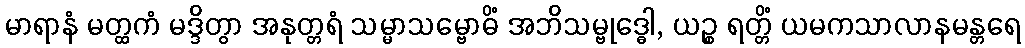
မာရာနံ မတ္ထကံ မဒ္ဒိတွာ အနုတ္တရံ သမ္မာသမ္ဗောဓိံ အဘိသမ္ဗုဒ္ဓေါ, ယဉ္စ ရတ္တိံ ယမကသာလာနမန္တရေ